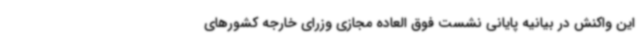
این واکنش در بیانیه پایانی نشست فوق العاده مجازی وزرای خارجه کشورهای